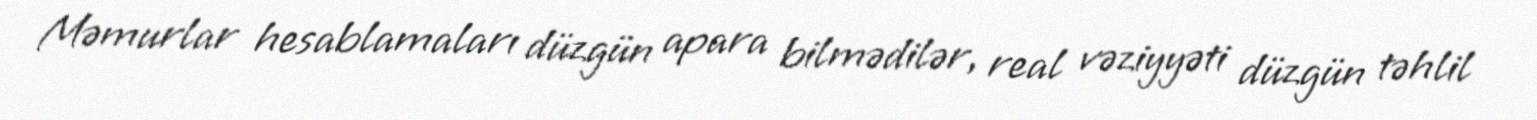
Məmurlar hesablamaları düzgün apara bilmədilər, real vəziyyəti düzgün təhlil